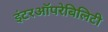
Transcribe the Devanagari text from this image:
इंटरऑपरेबिलिटी